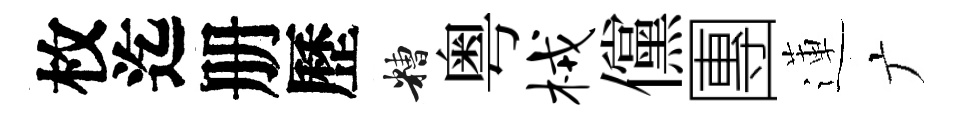
枚迄册歷糟粤械儻團蓮广